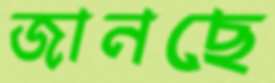
জানছে